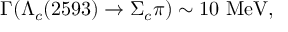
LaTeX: \Gamma ( \Lambda _ { c } ( 2 5 9 3 ) \to \Sigma _ { c } \pi ) \sim 1 0 \mathrm { ~ M e V } ,